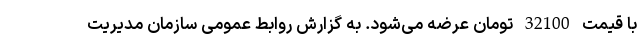
با قیمت 32100 تومان عرضه می‌شود. به گزارش روابط عمومی سازمان مدیریت